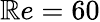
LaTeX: \mathbb{R}e=60